Loodushoiu_ja_Turismi_Instituut, lk 223
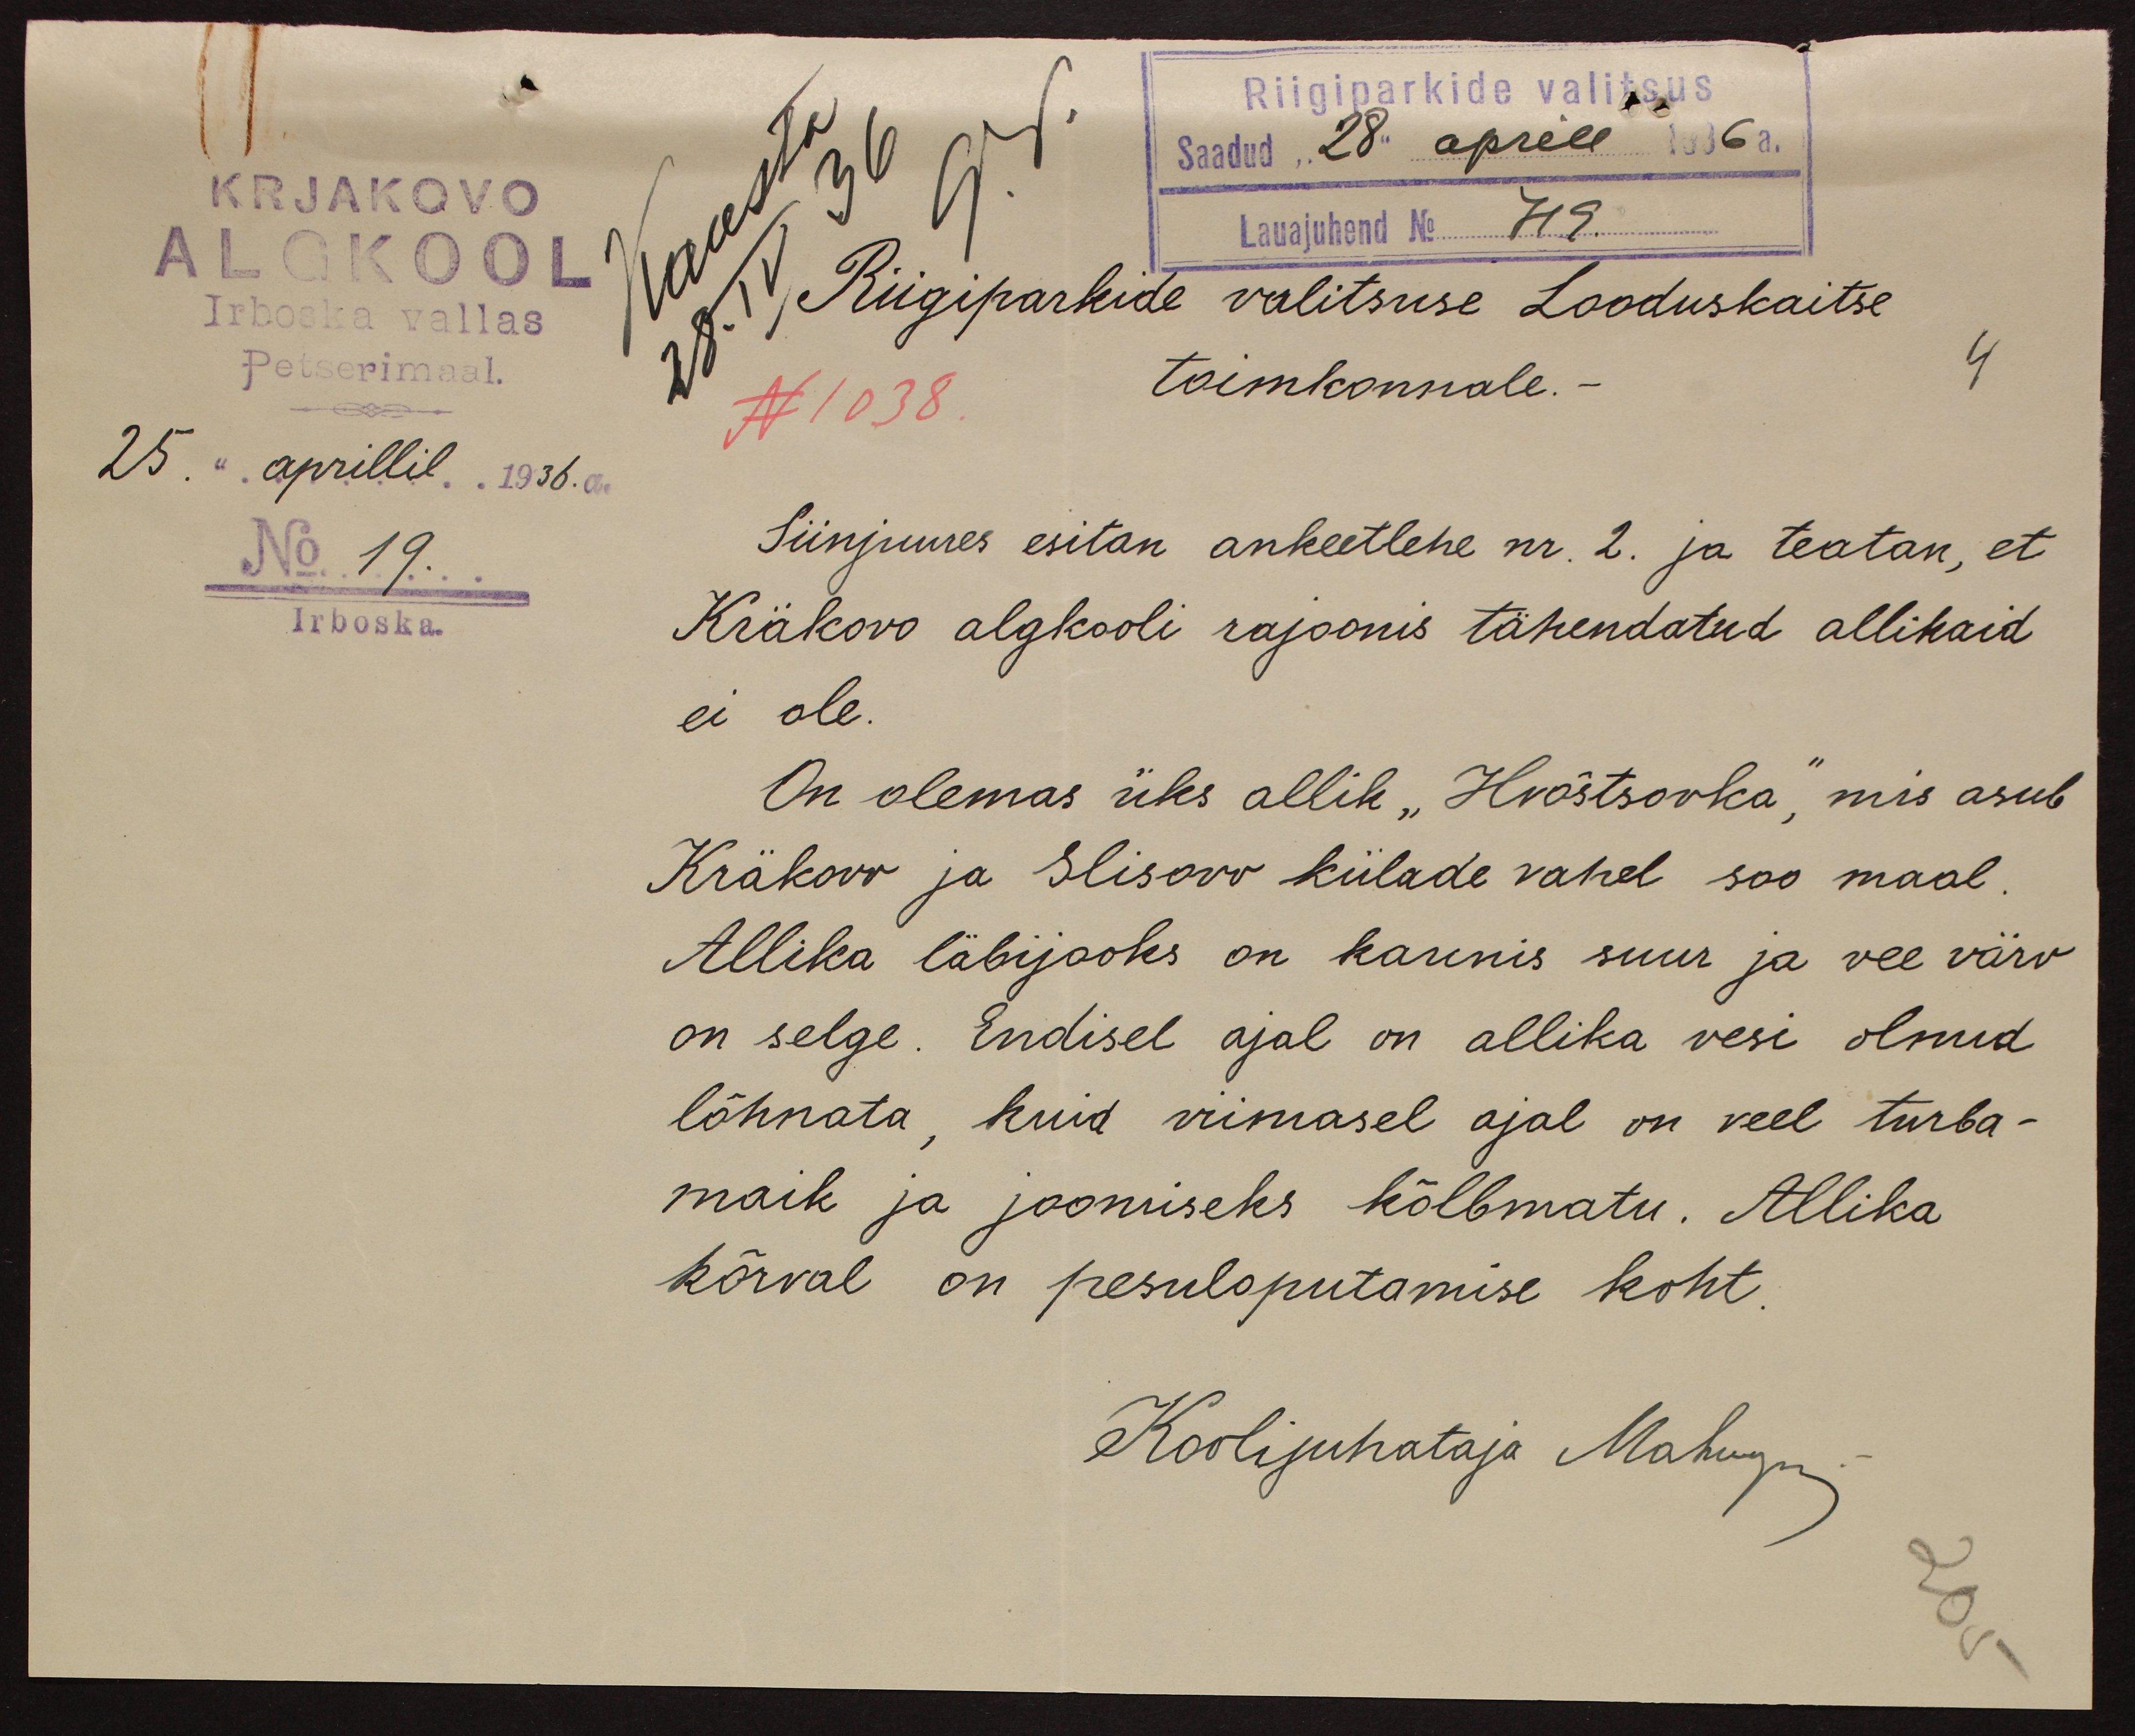
Riigiparkide valitsus
Saadud "28" aprill 1936 a.
KRJAKOVO
Lauajuhend No 719
ALGKOOL
Riigiparkide valitsuse Looduskaitse
Irboska vallas
Petserimaal.
toimkonnale.
4
N 1038
25. aprillil 1936. a.
No 19.
Siinjuures esitan ankeetlehe nr. 2. ja teatan, et
Irboska.
Kräkovo algkooli rajoonis tähendatud allikaid
ei ole.
On olemas üks allik "Hvõstsovka", mis asub
Kräkovv ja Slisovv külade vahel soo maal.
Allika läbijooks on kaunis suur ja vee värv
on selge. Endisel ajal on allika vesi olnud
lõhnata, kuid viimasel ajal on veel turba-
maik ja joomiseks kõlbmatu. Allika
kõrval on pesuloputamise koht.
Koolijuhataja Mahugn.